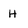
Character: H